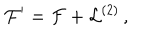
{ \cal F } ^ { \prime } = { \cal F } + { \cal L } ^ { ( 2 ) } \, ,